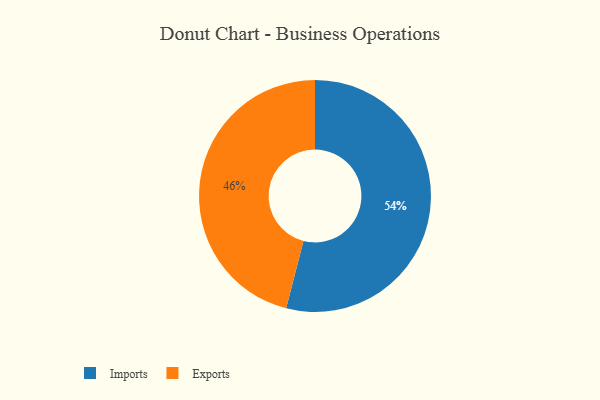
{"axis": {"x": "Category", "y": "Percentage"}, "legend": ["Exports", "Imports"], "data": [{"x": "Exports", "y": 46, "type": "Exports"}, {"x": "Imports", "y": 54, "type": "Imports"}]}